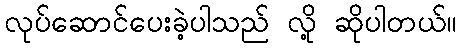
လုပ်ဆောင်ပေးခဲ့ပါသည် လို့ ဆိုပါတယ်။